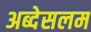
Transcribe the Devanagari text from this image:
अब्देसलम